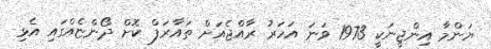
ޔަންމާ އިންޖީނަކީ 1973 ވަނަ އަހަރު ރާއްޖެއަށް ތައާރަފް ކޮށް ދޯންޏެއްގައި އެޅި